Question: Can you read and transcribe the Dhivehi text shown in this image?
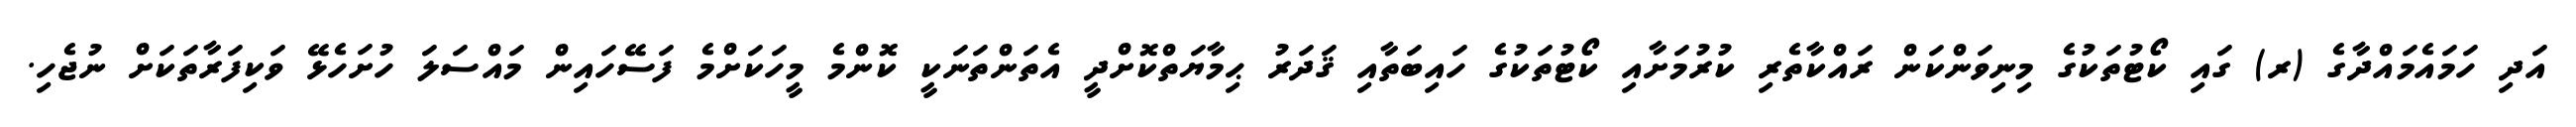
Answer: އަދި ހަމައެމައްދާގެ (ރ) ގައި ކޯޓުތަކުގެ މިނިވަންކަން ރައްކާތެރި ކުރުމަށާއި ކޯޓުތަކުގެ ހައިބަތާއި ޤަދަރު ޙިމާޔަތްކޮށްދީ އެތަންތަނަކީ ކޮންމެ މީހަކަށްމެ ފަސޭހައިން މައްސަލަ ހުށަހެޅޭ ވަކިފަރާތަކަށް ނުޖެހި.